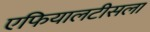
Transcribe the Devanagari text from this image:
एफियालटीसला